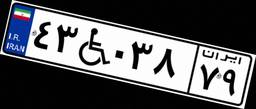
۴۳W۰۳۸۷۹